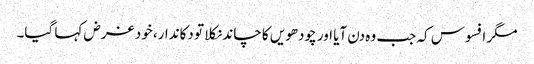
مگر افسوس کہ جب وہ دن آیا اور چودھویں کا چاند نکلا تو دکاندار، خود غرض کہا گیا۔